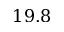
1 9 . 8